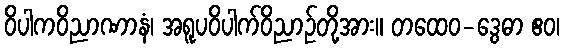
ဝိပါကဝိညာဏာနံ၊ အရူပဝိပါက်ဝိညာဉ်တို့အား။ တထေဝ-ဒွေဓာ ဧဝ၊